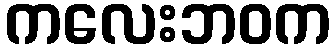
ကလေးဘဝက